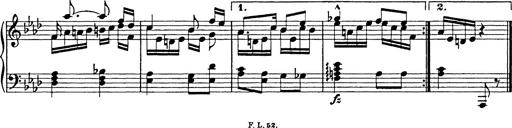
Title: 8 Variations
Composer: Franz Liszt
Key: A-flat major